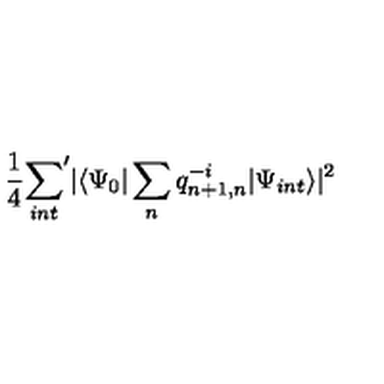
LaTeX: \frac 1 4 { \sum _ { i n t } } ^ { \prime } | \langle \Psi _ { 0 } | \sum _ { n } q _ { n + 1 , n } ^ { - i } | \Psi _ { i n t } \rangle | ^ { 2 }